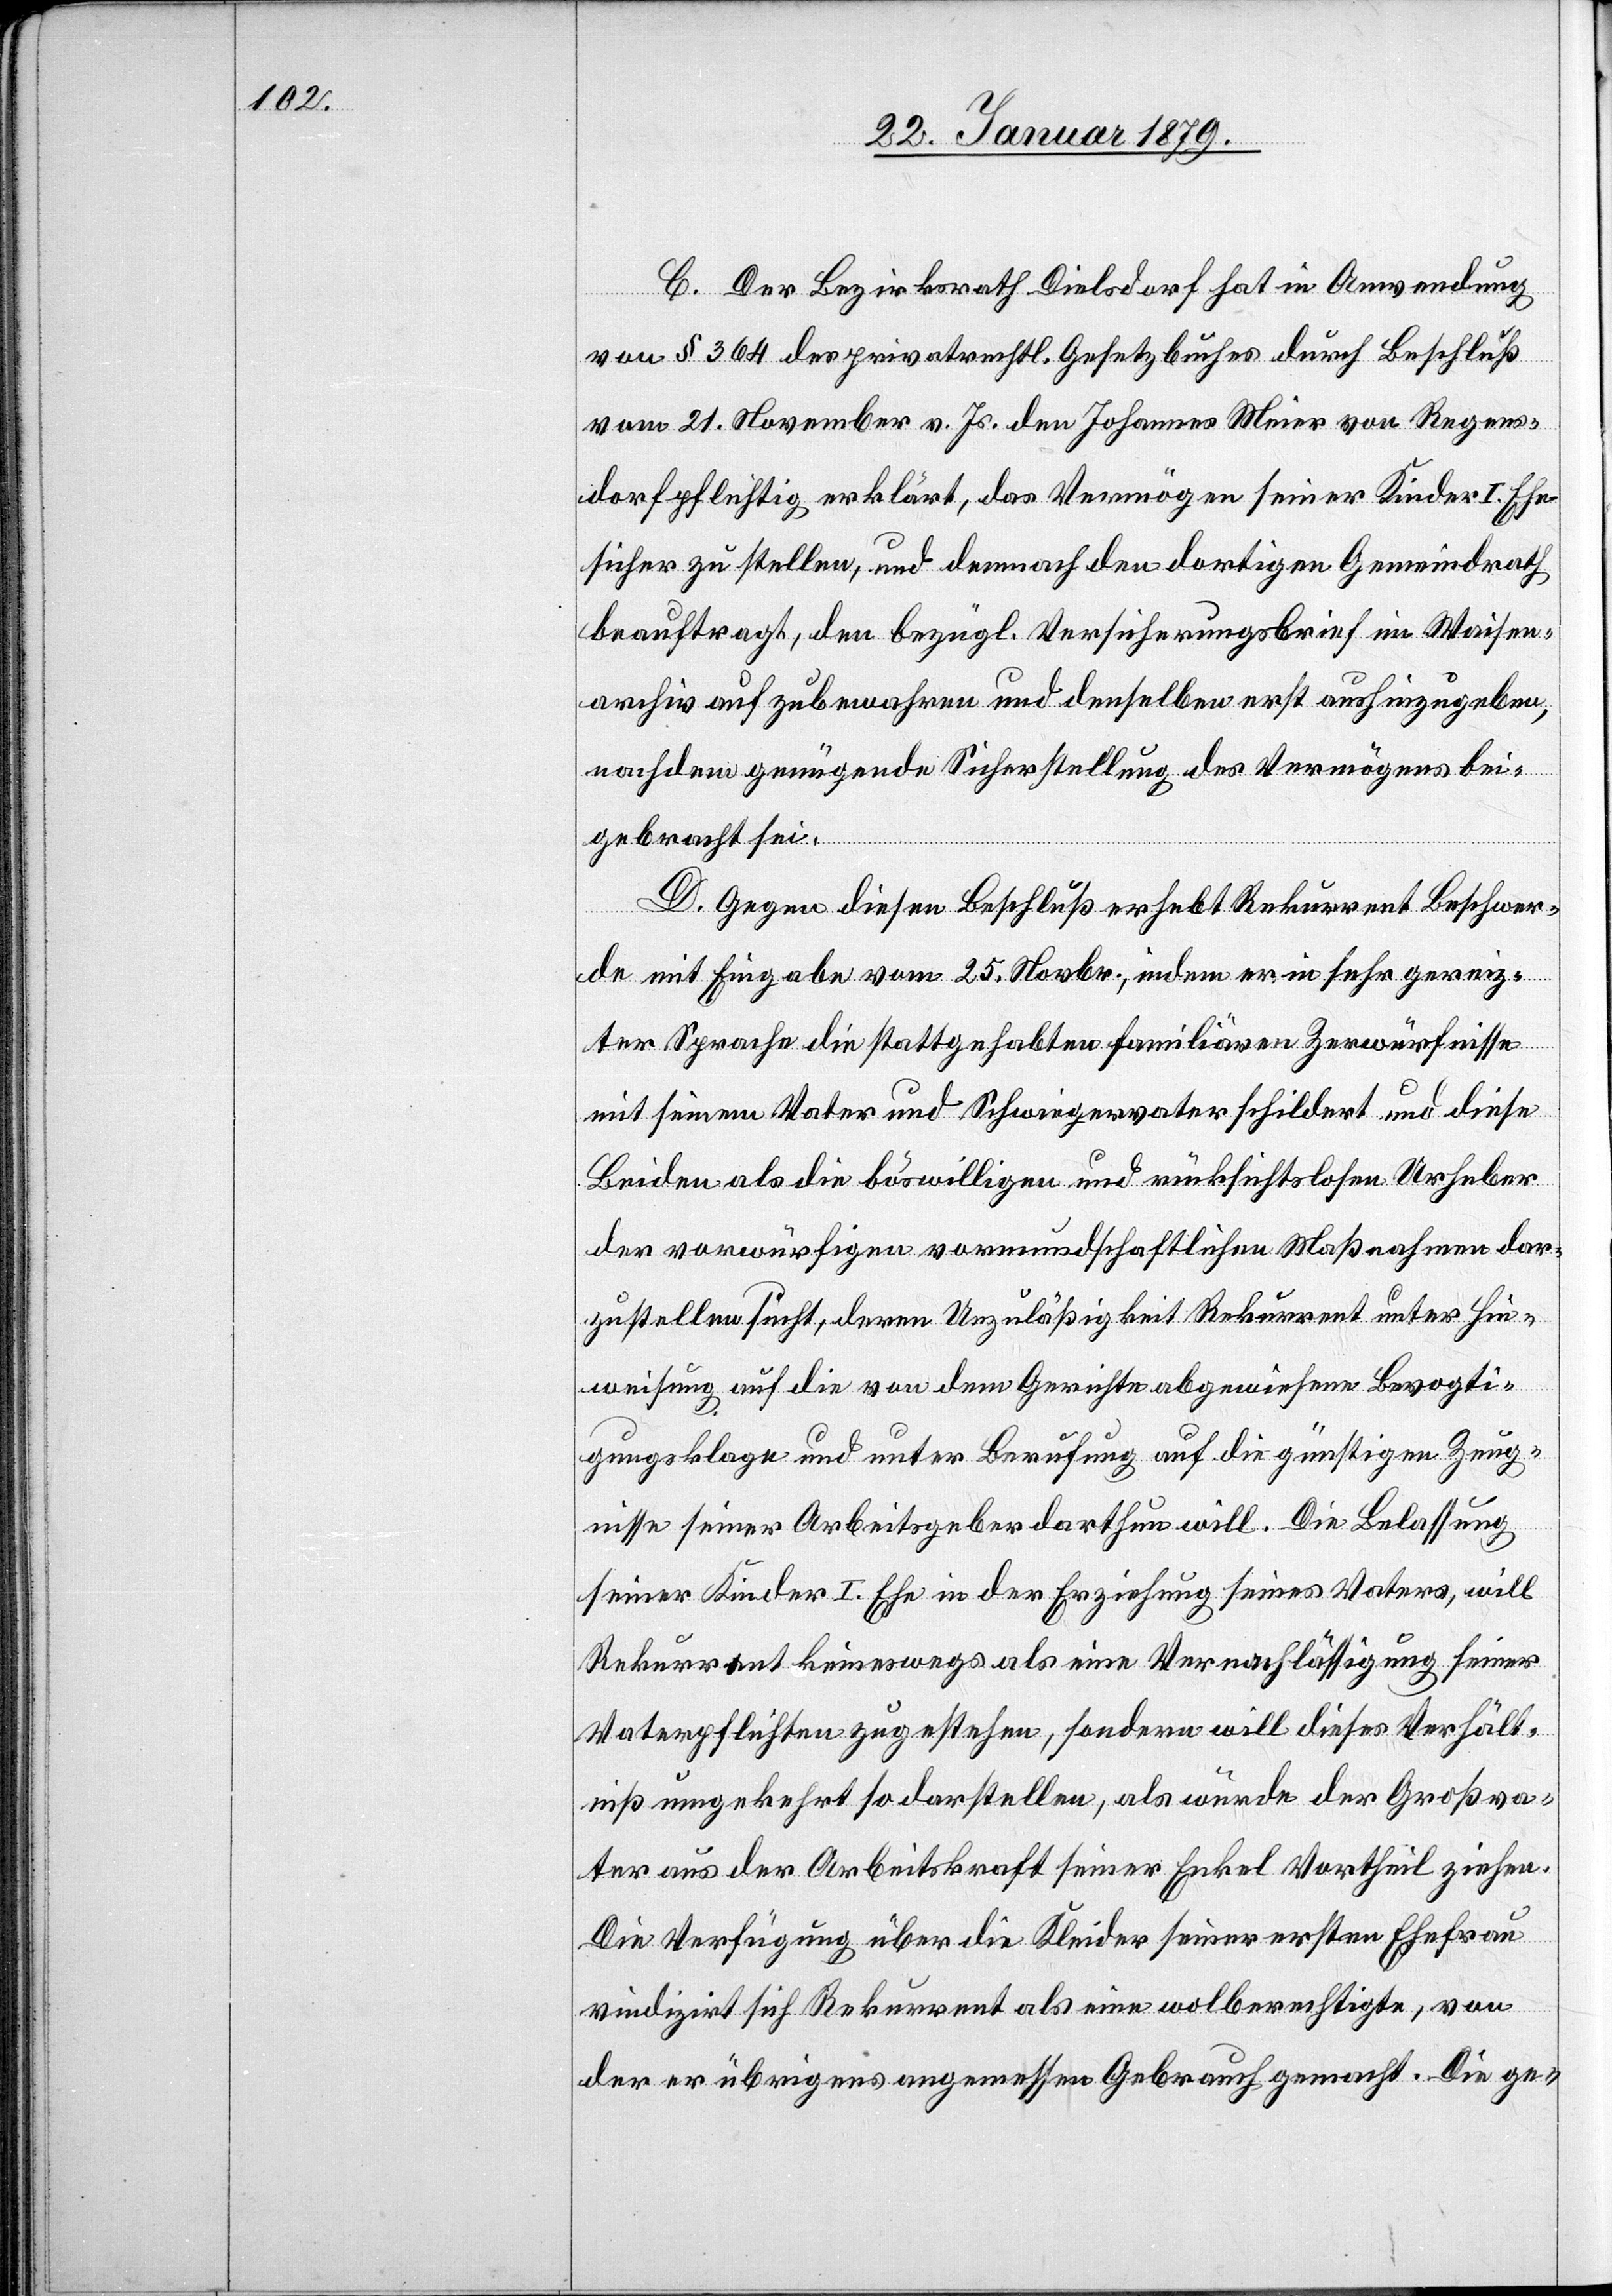
C. Der Bezirksrath Dielsdorf hat in Anwendung
von § 364 des privatrechtl. Gesetzbuches durch Beschluß
vom 21. November v. Js. den Johannes Meier von Regens¬
dorf pflichtig erklärt, das Vermögen seiner Kinder I. Ehe
sicher zu stellen, und demnach den dortigen Gemeindrath
beauftragt, den bezügl. Versicherungsbrief im Waisen¬
archiv aufzubewahren und denselben erst aushinzugeben,
nachdem genügend Sicherstellung des Vermögens bei¬
gebracht sei.
D. Gegen diesen Beschluß erhebt Rekurrent Beschwer¬
de mit Eingabe vom 25. Novbr., indem er in sehr gereiz¬
ter Sprache die stattgehabten familiären Zerwürfnisse
mit seinem Vater und Schwiegervater schildert und diese
Beiden als die böswilligen und rücksichtslosen Urheber
der vorwürfigen vormundschaftlichen Maßnahmen dar¬
zustellen sucht, deren Unzuläßigkeit Rekurrent unter Hin¬
weisung auf die von dem Gerichte abgewiesene Bevogti¬
gungsklage und unter Berufung auf die günstigen Zeug¬
nisse seines Arbeitgebers darthun will. Die Belassung
seiner Kinder I. Ehe in der Erziehung seines Vaters, will
Rekurrent keineswegs als eine Vernachlässigung seiner
Vaterpflichten zugestehen, sondern will dieses Verhält¬
niß umgekehrt so darstellen, als würde der Großva¬
ter aus der Arbeitskraft seiner Enkel Vortheil ziehen.
Die Verfügung über die Kleider seiner ersten Ehefrau
vindizirt sich Rekurrent als eine wolberechtigte, von
der er übrigens angemessen Gebrauch macht. Die ge-